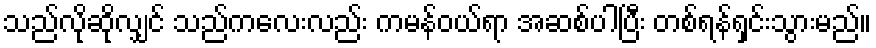
သည်လိုဆိုလျှင် သည်ကလေးလည်း ကမန်ဝယ်ရာ အဆစ်ပါပြီး တစ်ရန်ရှင်းသွားမည်။